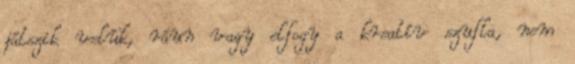
játszik velük, ráun vagy elfogy a kreatív szufla, nem